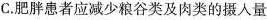
C.肥胖患者应减少粮谷类及肉类的摄入量